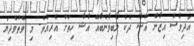
އަދިވެސް އިޒާން އާޝާ ދެކެ ލޯބިވާނެބާއޭ އާޝާ ހިތަށް އެރިއެވެ. މި ވޭތުވެދިޔަ